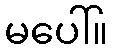
မပေါ်။